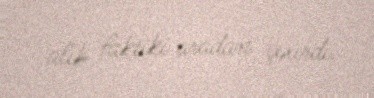
alıb faktiki aradan çıxırdı.